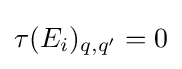
\tau (E_{i})_{q,q'}=0